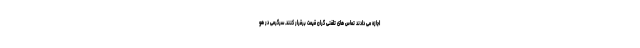
اجازه می دادند تماس های تلفنی گران قیمت برقرار کنند. سرگرمی در هو